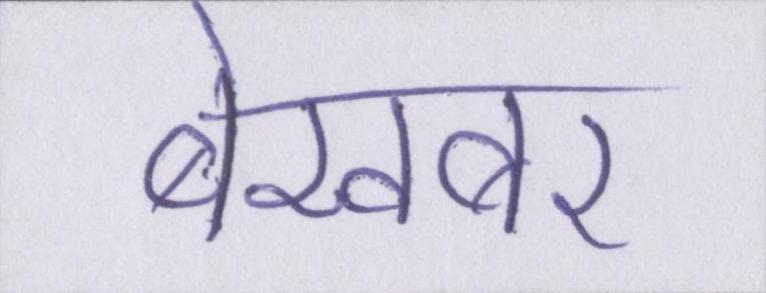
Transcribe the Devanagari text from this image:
बेखबर